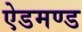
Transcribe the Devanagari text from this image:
ऐडमण्ड